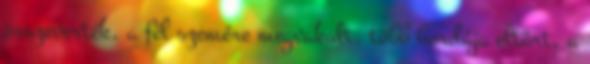
összeverték, a fél szemére megvakult, több bordája eltört, a